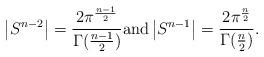
LaTeX: \begin{align*}\left|S^{n-2}\right|= \frac{2\pi^{\frac{n-1}2}}{\Gamma(\frac{n-1}2)} {\rm and}\left|S^{n-1}\right|= \frac{2\pi^{\frac{n}2}}{\Gamma(\frac{n}2)}.\end{align*}